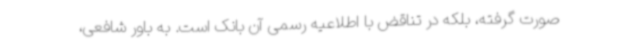
صورت گرفته، بلکه در تناقض با اطلاعیه رسمی آن بانک است. به باور شافعی،